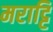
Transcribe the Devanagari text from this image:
मराट्टि